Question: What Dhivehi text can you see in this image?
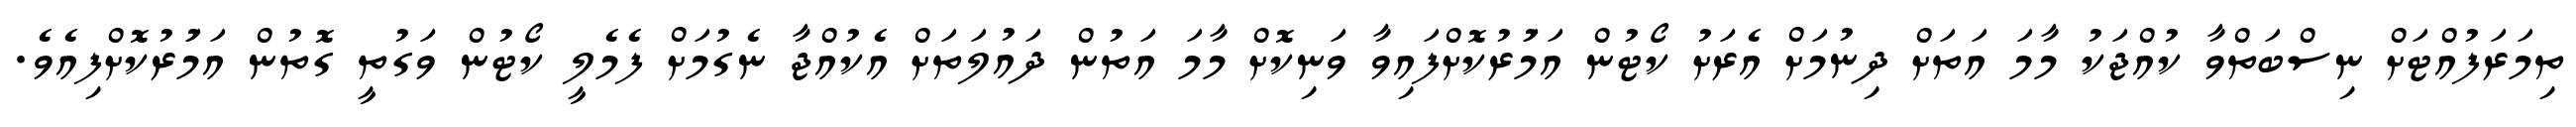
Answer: ތިމަރަފުއްޓަށް ނިސްބަތްވާ ކުއްޖަކު މާމަ އަތަށް ދިނުމަށް އެރަށު ކޯޓުން އަމުަރުކޮށްފައިވާ ވަނިކޮށް މާމަ އަތުން ދައުލަތަށް އެކުއްޖާ ނެގުމަށް ފެމެލީ ކޯޓުން ވަގުތީ ގޮތުން އަމަުރުކޮށްފިއެވެ.